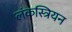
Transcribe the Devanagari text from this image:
लंकस्त्रियन